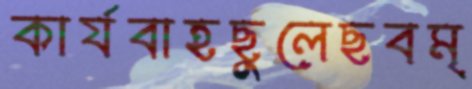
কার্যবাহছুলেছবম্